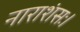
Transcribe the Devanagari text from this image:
नाराशंसः।